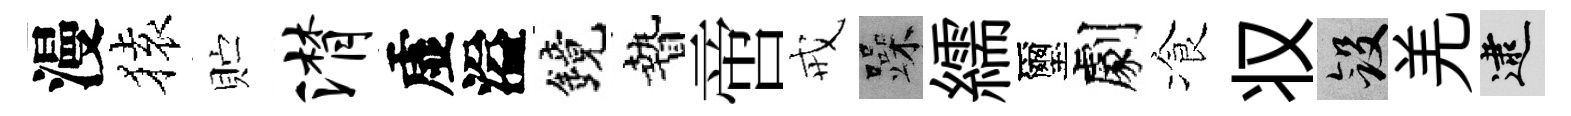
漫𫞤贮潸虚溢鏡贄啻戒躁繻璽劇飡𠬧斂羌逮